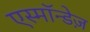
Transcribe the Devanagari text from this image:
एस्मॉन्डेज़